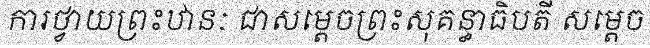
ការថ្វាយព្រះឋានៈ ជាសម្តេចព្រះសុគន្ធាធិបតី សម្តេច